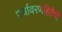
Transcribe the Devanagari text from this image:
पर्यावरणहितैषी